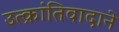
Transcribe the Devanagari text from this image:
उत्क्रांतिवादाने